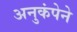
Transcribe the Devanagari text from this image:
अनुकंपेने